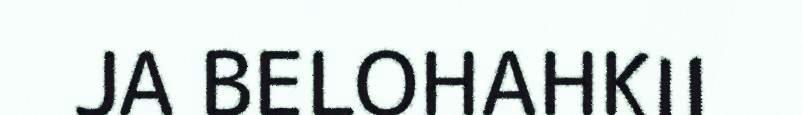
JA BELOHAHKII